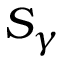
S _ { \gamma }